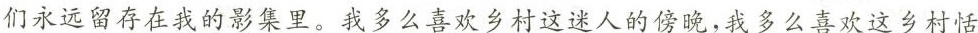
们永远留存在我的影集里。我多么喜欢乡村这迷人的傍晚，我多么喜欢这乡村恬